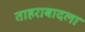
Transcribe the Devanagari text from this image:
ताहराबादला